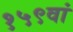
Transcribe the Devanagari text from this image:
१५९वां